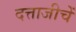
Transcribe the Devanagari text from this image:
दत्ताजीचें